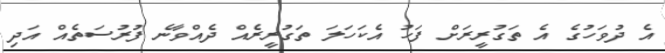
އެ ދުވަހުގެ އެ ތަގުރީރަށް ފަހު އެކަހަލަ ތަގުރީރެއް ދެއްވާނެ ފުރުސަތެއް އަދި